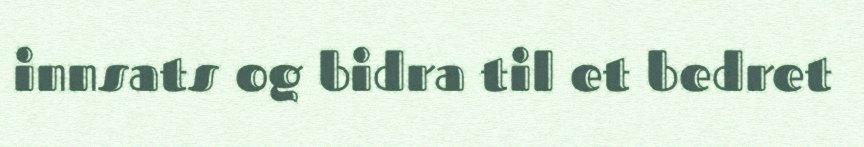
innsats og bidra til et bedret